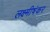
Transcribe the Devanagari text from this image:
लक्ष्मीषंकर